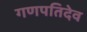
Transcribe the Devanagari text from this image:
गणपतिदेव